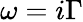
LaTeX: \omega=i\Gamma